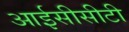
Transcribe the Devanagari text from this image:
आईसीसीटी